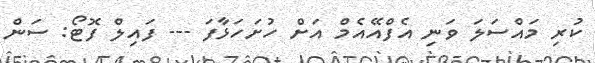
ކުރި މައްސަލަ ވަނި އެފްއޭއެމް އަށް ހުށަހަޅާފަ --- ފައިލް ފޮޓޯ: ސަން